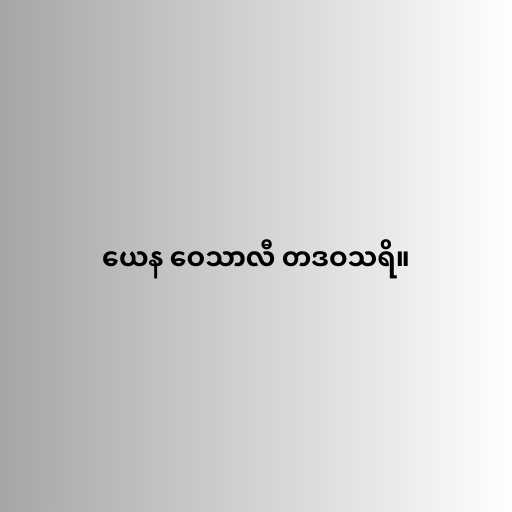
ယေန ဝေသာလီ တဒဝသရိ။